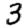
Digit: 3